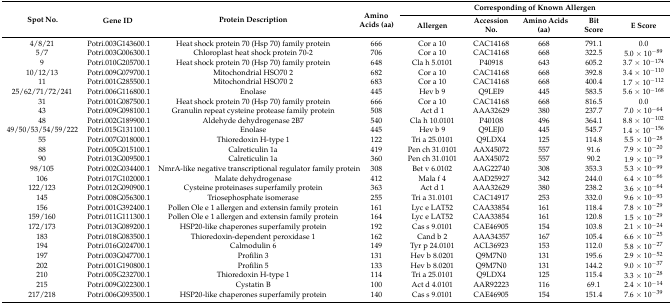
<table><thead><tr><td rowspan="2"><b>Spot No.</b></td><td rowspan="2"><b>Gene ID</b></td><td rowspan="2"><b>Protein Description</b></td><td rowspan="2"><b>Amino Acids (aa)</b></td><td colspan="5"><b>Corresponding of Known Allergen</b></td></tr><tr><td><b>Allergen</b></td><td><b>Accession No.</b></td><td><b>Amino Acids (aa)</b></td><td><b>Bit Score</b></td><td><b>E Score</b></td></tr></thead><tbody><tr><td>4/8/21</td><td>Potri.003G143600.1</td><td>Heat shock protein 70 (Hsp 70) family protein</td><td>666</td><td>Cor a 10</td><td>CAC14168</td><td>668</td><td>791.1</td><td>0.0</td></tr><tr><td>5/7</td><td>Potri.003G006300.1</td><td>Chloroplast heat shock protein 70-2</td><td>706</td><td>Cor a 10</td><td>CAC14168</td><td>668</td><td>322.5</td><td>5.0 × 10<sup>−89</sup></td></tr><tr><td>9</td><td>Potri.010G205700.1</td><td>Heat shock protein 70 (Hsp 70) family protein</td><td>648</td><td>Cla h 5.0101</td><td>P40918</td><td>643</td><td>605.2</td><td>3.7 × 10<sup>−174</sup></td></tr><tr><td>10/12/13</td><td>Potri.009G079700.1</td><td>Mitochondrial HSO70 2</td><td>682</td><td>Cor a 10</td><td>CAC14168</td><td>668</td><td>392.8</td><td>3.4 × 10<sup>−110</sup></td></tr><tr><td>11</td><td>Potri.001G285500.1</td><td>Mitochondrial HSO70 2</td><td>683</td><td>Cor a 10</td><td>CAC14168</td><td>668</td><td>400.4</td><td>1.7 × 10<sup>−112</sup></td></tr><tr><td>25/62/71/72/241</td><td>Potri.006G116800.1</td><td>Enolase</td><td>445</td><td>Hev b 9</td><td>Q9LEI9</td><td>445</td><td>583.5</td><td>5.6 × 10<sup>−168</sup></td></tr><tr><td>31</td><td>Potri.001G087500.1</td><td>Heat shock protein 70 (Hsp 70) family protein</td><td>666</td><td>Cor a 10</td><td>CAC14168</td><td>668</td><td>816.5</td><td>0.0</td></tr><tr><td>43</td><td>Potri.009G098100.1</td><td>Granulin repeat cysteine protease family protein</td><td>508</td><td>Act d 1</td><td>AAA32629</td><td>380</td><td>237.7</td><td>7.0 × 10<sup>−64</sup></td></tr><tr><td>48</td><td>Potri.002G189900.1</td><td>Aldehyde dehydrogenase 2B7</td><td>540</td><td>Cla h 10.0101</td><td>P40108</td><td>496</td><td>364.1</td><td>8.8 × 10<sup>−102</sup></td></tr><tr><td>49/50/53/54/59/222</td><td>Potri.015G131100.1</td><td>Enolase</td><td>445</td><td>Hev b 9</td><td>Q9LEJ0</td><td>445</td><td>545.7</td><td>1.4 × 10<sup>−156</sup></td></tr><tr><td>55</td><td>Potri.007G018000.1</td><td>Thioredoxin H-type 1</td><td>122</td><td>Tri a 25.0101</td><td>Q9LDX4</td><td>125</td><td>114.8</td><td>5.5 × 10<sup>−28</sup></td></tr><tr><td>88</td><td>Potri.005G015100.1</td><td>Calreticulin 1a</td><td>419</td><td>Pen ch 31.0101</td><td>AAX45072</td><td>557</td><td>91.6</td><td>7.9 × 10<sup>−20</sup></td></tr><tr><td>90</td><td>Potri.013G009500.1</td><td>Calreticulin 1a</td><td>360</td><td>Pen ch 31.0101</td><td>AAX45072</td><td>557</td><td>90.2</td><td>1.9 × 10<sup>−19</sup></td></tr><tr><td>98/105</td><td>Potri.002G034400.1</td><td>NmrA-like negative transcriptional regulator family protein</td><td>308</td><td>Bet v 6.0102</td><td>AAG22740</td><td>308</td><td>353.3</td><td>5.3 × 10<sup>−99</sup></td></tr><tr><td>106</td><td>Potri.017G102000.1</td><td>Malate dehydrogenase</td><td>412</td><td>Mala f 4</td><td>AAD25927</td><td>342</td><td>244.0</td><td>6.4 × 10<sup>−66</sup></td></tr><tr><td>122/123</td><td>Potri.012G090900.1</td><td>Cysteine proteinases superfamily protein</td><td>363</td><td>Act d 1</td><td>AAA32629</td><td>380</td><td>238.2</td><td>3.6 × 10<sup>−64</sup></td></tr><tr><td>145</td><td>Potri.008G056300.1</td><td>Triosephosphate isomerase</td><td>255</td><td>Tri a 31.0101</td><td>CAC14917</td><td>253</td><td>332.0</td><td>9.6 × 10<sup>−93</sup></td></tr><tr><td>156</td><td>Potri.001G392400.1</td><td>Pollen Ole e 1 allergen and extensin family protein</td><td>161</td><td>Lyc e LAT52</td><td>CAA33854</td><td>161</td><td>118.4</td><td>7.8 × 10<sup>−29</sup></td></tr><tr><td>159/160</td><td>Potri.011G111300.1</td><td>Pollen Ole e 1 allergen and extensin family protein</td><td>164</td><td>Lyc e LAT52</td><td>CAA33854</td><td>161</td><td>120.8</td><td>1.5 × 10<sup>−29</sup></td></tr><tr><td>172/173</td><td>Potri.013G089200.1</td><td>HSP20-like chaperones superfamily protein</td><td>192</td><td>Cas s 9.0101</td><td>CAE46905</td><td>154</td><td>103.8</td><td>2.1 × 10<sup>−24</sup></td></tr><tr><td>183</td><td>Potri.018G083500.1</td><td>Thioredoxin-dependent peroxidase 1</td><td>162</td><td>Cand b 2</td><td>AAA34357</td><td>167</td><td>105.4</td><td>6.6 × 10<sup>−25</sup></td></tr><tr><td>194</td><td>Potri.016G024700.1</td><td>Calmodulin 6</td><td>149</td><td>Tyr p 24.0101</td><td>ACL36923</td><td>153</td><td>112.0</td><td>5.8 × 10<sup>−27</sup></td></tr><tr><td>197</td><td>Potri.003G047700.1</td><td>Profilin 3</td><td>131</td><td>Hev b 8.0201</td><td>Q9M7N0</td><td>131</td><td>195.6</td><td>2.9 × 10<sup>−52</sup></td></tr><tr><td>202</td><td>Potri.001G190800.1</td><td>Profilin 5</td><td>133</td><td>Hev b 8.0201</td><td>Q9M7N0</td><td>131</td><td>144.2</td><td>9.0 × 10<sup>−37</sup></td></tr><tr><td>210</td><td>Potri.005G232700.1</td><td>Thioredoxin H-type 1</td><td>114</td><td>Tri a 25.0101</td><td>Q9LDX4</td><td>125</td><td>115.4</td><td>3.3 × 10<sup>−28</sup></td></tr><tr><td>215</td><td>Potri.009G022300.1</td><td>Cystatin B</td><td>100</td><td>Act d 4.0101</td><td>AAR92223</td><td>116</td><td>69.1</td><td>2.4 × 10<sup>−14</sup></td></tr><tr><td>217/218</td><td>Potri.006G093500.1</td><td>HSP20-like chaperones superfamily protein</td><td>140</td><td>Cas s 9.0101</td><td>CAE46905</td><td>154</td><td>151.4</td><td>7.6 × 10<sup>−39</sup></td></tr></tbody></table>